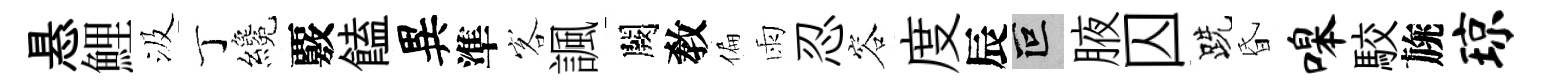
悬鯉汲丁纔覈饁異準客諷闕敎偏雨忍容度辰叵腋囚跣昏嗥駮旐琼